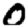
Digit: 0